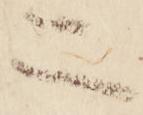
二